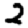
Digit: 2